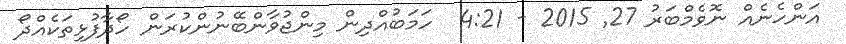
އަންހެނެއް ނޮވެމްބަރު 27